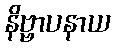
နိဗ္ဗာပနာယ